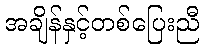
အချိန်နှင့်တစ်ပြေးညီ